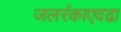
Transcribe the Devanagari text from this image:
जलरंकाएवढा